Vaccine operations Central Provinces & Berar 1912-1920 - 1912-1920
Year: 1912
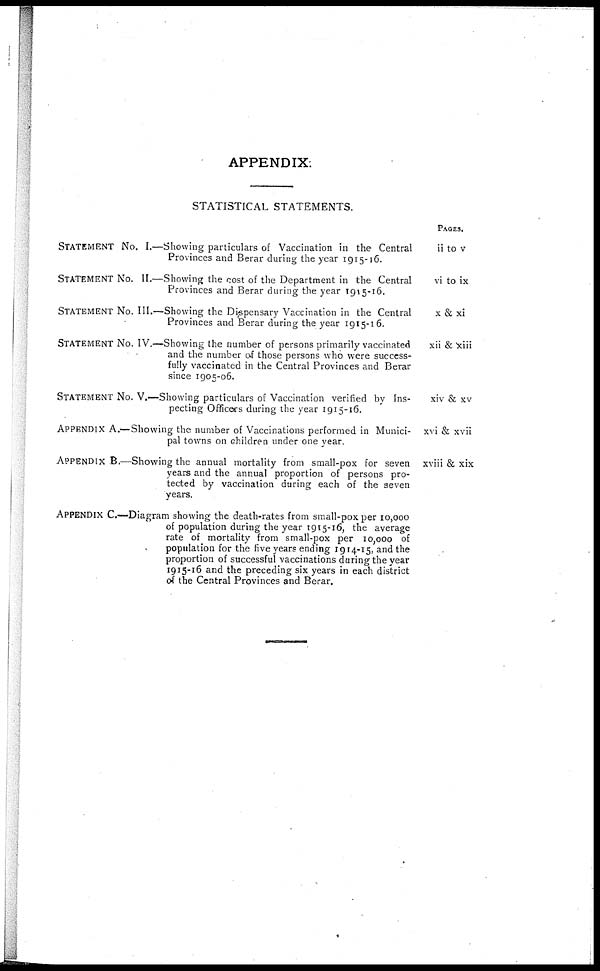
APPENDIX.
STATISTICAL STATEMENTS.
STATEMENT No. I.—Showing particulars of Vaccination in the Central
Provinces and Berar during the year 1915-16.
STATEMENT No. II.—Showing the cost of the Department in the Central
Provinces and Berar during the year 1915-16.
STATEMENT No. III.—Showing the Dispensary Vaccination in the Central
Provinces and Berar during the year 1915-16.
STATEMENT No. IV.—Showing the number of persons primarily vaccinated
and the number of those persons who were success-
fully vaccinated in the Central Provinces and Berar
since 1905-06.
STATEMENT No. V.—Showing particulars of Vaccination verified by Ins-
pecting Officers during the year 1915-16.
APPENDIX A.—Showing the number of Vaccinations performed in Munici-
pal towns on Children under one year.
APPENDIX B.—Showing the annual mortality from small-pox for seven
years and the annual proportion of persons pro-
tected by vaccination during each of the seven
years.
APPENDIX C—Diagram showing the death-rates from small-pox per 10,000
of population during the year 1915-16, the average
rate of mortality from small-pox per 10,000 of
population for the five years ending 1914-15, and the
proportion of successful vaccinations daring the year
1915-16 and the preceding six years in each district
of the Central Provinces and Berar.
PAGES.
ii to v
vi to ix
x & xi
xii & xiii
xiv & xv
xvi & xvii
xviii & xix